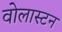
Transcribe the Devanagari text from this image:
वोलास्टन